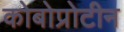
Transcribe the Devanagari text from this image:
कोबोप्रोटीन